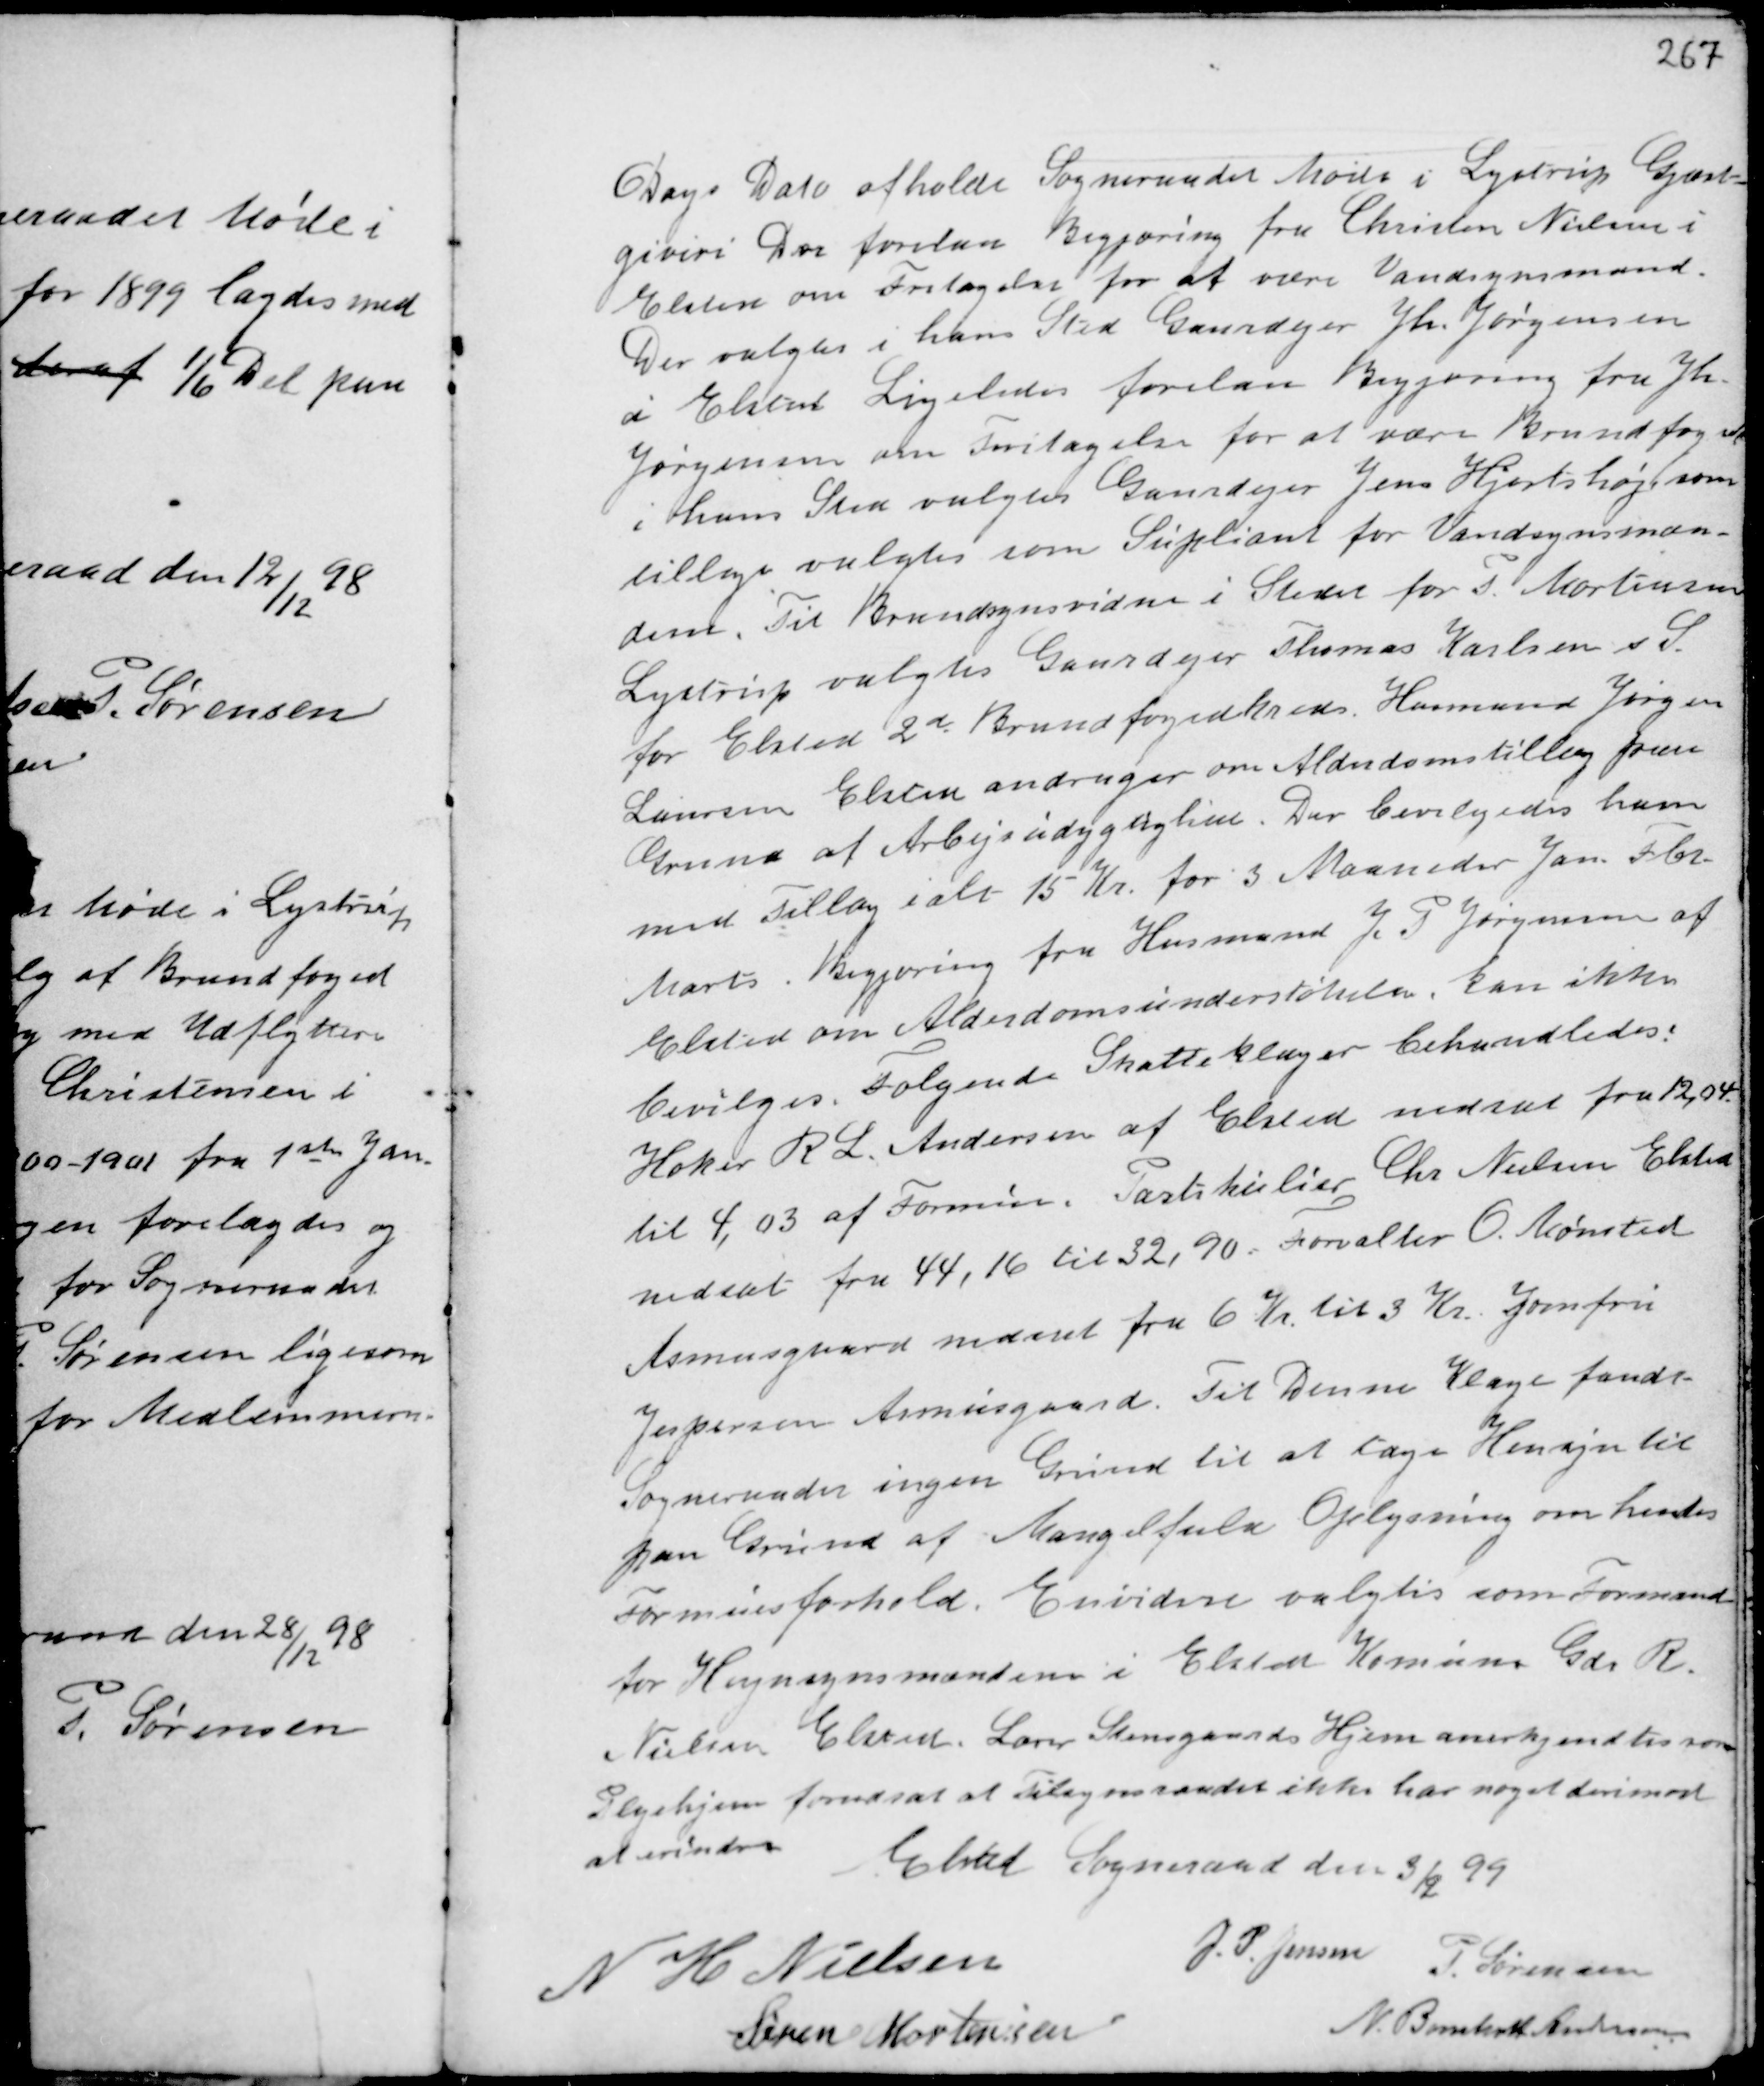
Transskription:
Dags Dato afholdt Sogneraadet Møde i Lystrup Gjæst-
giveri Der forelaa Begjæring fra Christen Nielsen i
Elsted om Fritagelse for at være Vandsynsmand.
Der valgtes i hans Sted Gaardejer Jh. Jørgensen
i Elsted. Ligeledes forelaa Begjæring fra Jh.
Jørgensen om Fritagelse for at være Brandfoged
i hans Sted valgtes Gaardejer Jens Hjortshøj som
tillige valgtes som Supleant for Vandsynsman-
dem. Til Brandsynsvidne i Stedet for P. Mortensen
Lystrup valgtes Gaardejer Thomas Karlsen s S.
for Elsted 2 d. Brandfogedkreds. Husmand Jørgen
Laursen Elsted andrager om Alderdomstillæg paa
Grund af Arbejdsudygtighed. Der bevilgedes ham
med Tillæg ialt 15 Kr. for 3 Maaneder Jan. Febr.
Marts. Begjæring fra Husmand J.P. Jørgensen af
Elsted om Alderdomsunderstøttelse, kan ikke
bevilges. Følgende Skatteklager behandledes:
Høker R L. Andersen af Elsted nedsat fra 12,04
til 4,03 af Formue. Partikulier Chr Nielsen Elsted
nedsat fra 44,16 til 32,90. Forvalter O. Mønsted
Asmusgaard nedsat fra 6 Kr. til 3 Kr. Jomfru
Jespersen Asmusgaard. Til Denne Klage fandt
Sogneraadet ingen Grund til at tage Hensyn til
paa Grund af Mangelfuld Oplysning om hendes
Formueforhold. Endvidere valgtes som Formand
for Hegnsynsmændene i Elsted Komune Chr R.
Nielsen Elsted. Lærer Stensgaards Hjem anerkjendtes som
Plejehjem forudsat at Tilsynsraadet ikke har noget derimod
at erindre
Elsted Sogneraad den 3/2 99

N H Nielsen
J.P. Jensen
P. Sørensen
Søren Mortensen
N. Bomholt Andersen